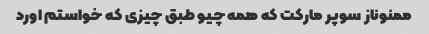
ممنوناز سوپر مارکت که همه چیو طبق چیزی که خواستم اورد